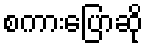
စကားပြောဆို